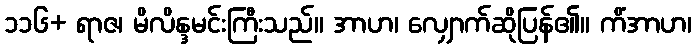
၁၁၆+ ရာဇ၊ မိလိန္ဒမင်းကြီးသည်။ အာဟ၊ လျှောက်ဆိုပြန်၏။ ကိံအာဟ၊